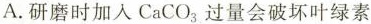
A.研磨时加入CaCO_{3}过量会破坏叶绿素